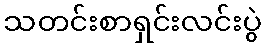
သတင်းစာရှင်းလင်းပွဲ